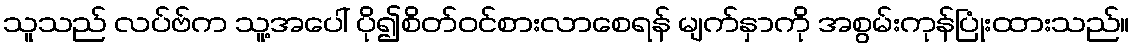
သူသည် လပ်ဗ်က သူ့အပေါ် ပို၍စိတ်ဝင်စားလာစေရန် မျက်နှာကို အစွမ်းကုန်ပြုံးထားသည်။